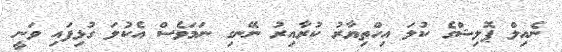
ނެއިލް ޕޮލިޝްގެ ކުލަ އިހްތިޔާރު ކުރާއިރު ނޭނގި ނަމަވެސް އެކުލަ ގުޅިފައި ވަނީ